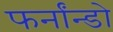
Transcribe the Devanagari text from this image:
फर्नांन्डो